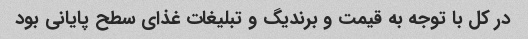
در کل با توجه به قیمت و برندیگ و تبلیغات غذای سطح پایانی بود